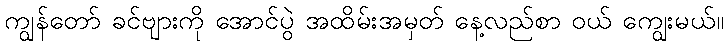
ကျွန်တော် ခင်ဗျားကို အောင်ပွဲ အထိမ်းအမှတ် နေ့လည်စာ ဝယ် ကျွေးမယ်။